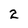
Character: 2